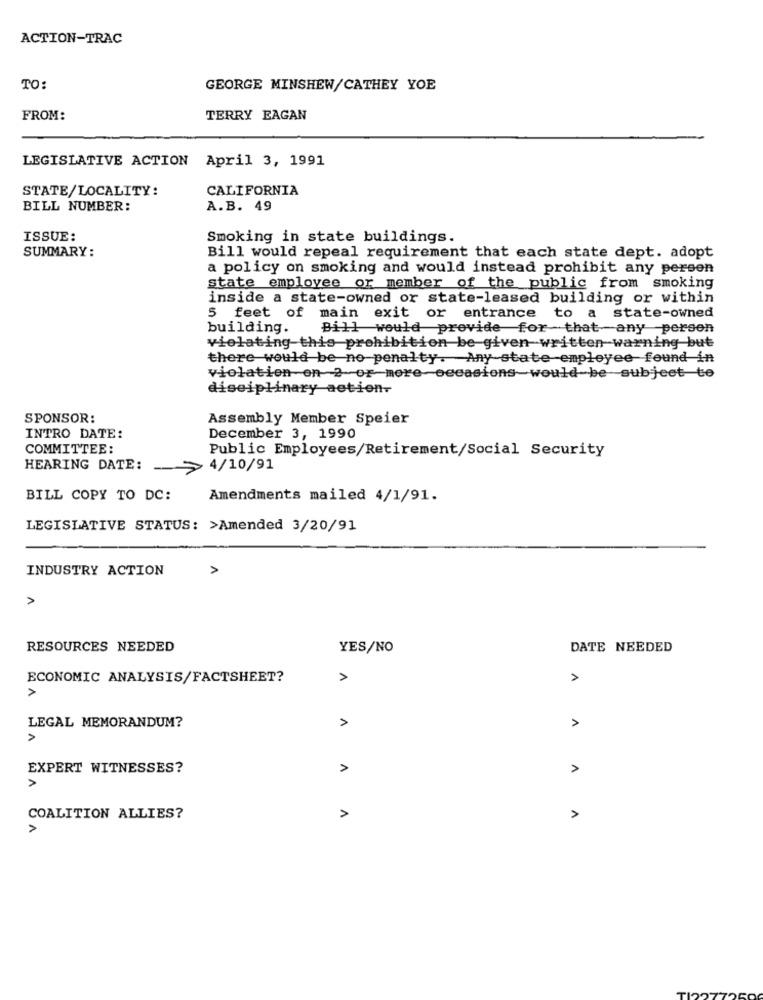
ACTION-TRAC
TO:
GEORGE MINSHEW/CATHEY YOE
FROM:
TERRY EAGAN
LEGISLATIVE ACTION April 3, 1991
STATE/LOCALITY:
CALIFORNIA
BILL NUMBER:
A.B. 49
ISSUE:
Smoking in state buildings.
SUMMARY:
Bill would repeal requirement that each state dept. adopt
a policy on smoking and would instead prohibit any person
state employee or member of the public from smoking
inside a state-owned or state-leased building or within
5 feet of main exit or entrance to a state-owned
building.
Bill would provide for that any person
vielating this prohibition be given written warning but
there would be no penalty. Any state employee found in
violation on 2 or more-occasions-would-be subject to
disciplinary action-
SPONSOR:
Assembly Member Speier
INTRO DATE:
December 3, 1990
COMMITTEE:
Public Employees/Retirement/Social Security
HEARING DATE:
4/10/91
BILL COPY TO DC:
Amendments mailed 4/1/91.
LEGISLATIVE STATUS: >Amended 3/20/91
INDUSTRY ACTION
>
A
RESOURCES NEEDED
YES/NO
DATE NEEDED
ECONOMIC ANALYSIS/FACTSHEET?
>
A
>
LEGAL MEMORANDUM?
A
>
EXPERT WITNESSES?
A
1
>
COALITION ALLIES?
>
A